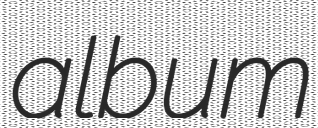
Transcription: album